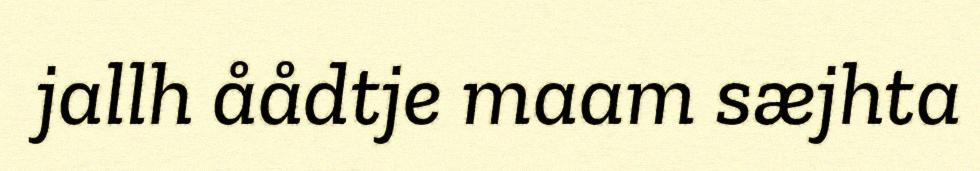
jallh åådtje maam sæjhta